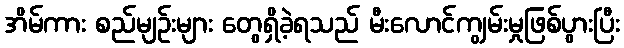
အိမ်ကား စည်မျဉ်းများ တွေရှိခဲ့ရသည် မီးလောင်ကျွမ်းမှုဖြစ်ပွားပြီး